Lunatic asylums Burma 1907-21 - 1907-1921
Year: 1907
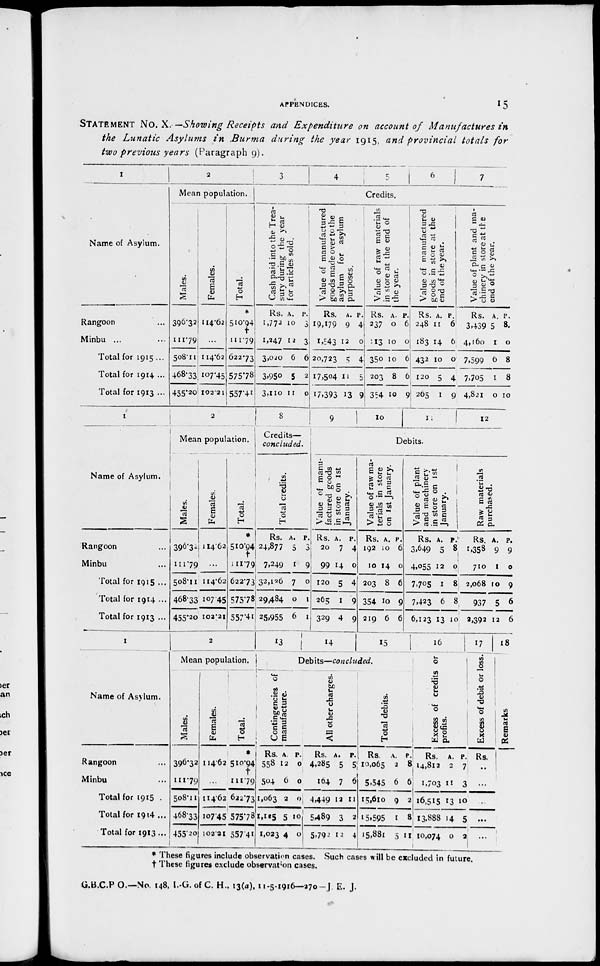
APPENDICES.
15
STATEMENT No. X. —Showing Receipts and Expenditure
on account of Manufactures
in
the Lunatic
Asylums
in Burma
during the year 1915, and provincial
totals for
two previous years (Paragraph 9).
I
Name of Asylum.
Rangoon ...
Minbu ... ...
Total for 1915 ...
Total for 1914 ...
Total for 1913 ...
2
3
4
Mean population.
Males.
396.32
111,79
508.11
468.33
455.20
Females.
114.62
...
114.62
107.45
102.21
Total.
*
510.94
†
111,79
622.73
575.78
557.41
Cash paid into the Trea-
sury during the year
for articles sold.
Rs.
1,772
1,247
3,020
3,950
3,110
A.
10
12
6
5
11
P.
3
3
6
2
0
Value of manufactured
goods made over to the
asylum for asylum
purposes.
Rs.
19,179
1,543
20,723
17,504
17,393
A.
9
12
5
11
13
P.
4
0
4
5
9
5
6
7
Credits.
Value of raw materials
in store at the end of
the year.
Rs.
237
113
350
203
354
A.
0
10
10
8
10
P.
6
0
6
6
9
Value of manufactured
goods in store at the
end of the year.
Rs.
248
183
432
120
265
A.
11
14
10
5
1
P.
6
6
0
4
9
Value of plant and ma-
chinery in store at the
end of the year.
Rs.
3,439
4,160
7,599
7,705
4,821
A.
5
1
6
1
0
P.
8.
0
8
8
10
1
Name of Asylum.
Rangoon
Minbu
Total for 1915 ...
Total for 1914 ...
Total for 1913 ...
2
Mean population.
Males.
396.32
111.79
508.11
468.33
455.20
Females.
114.62
...
114.62
107.45
102.21
Total.
*
510.94
†
111.79
622.73
575.78
557.41
8
Credits—
concluded.
Total credits.
Rs.
24,877
7,249
32,126
29,484
25,955
A.
5
1
7
0
6
P.
3
9
0
1
1
9
10
11
12
Debits.
Value of manu-
factured goods
in store on 1st
January.
Rs.
20
99
120
265
329
A.
7
14
5
1
4
P.
4
0
4
9
9
Value of raw ma-
terials in store
on 1st January.
Rs.
192
10
203
354
219
A.
10
14
8
10
6
P.
6
0
6
9
6
Value of plant
and machinery
in store on 1st
January.
Rs.
3,649
4,055
7,705
7,423
6,123
A.
5
12
1
6
13
Raw materials
purchased.
P.
8
0
8
8
10
Rs
1,358
710
2,068
937
3,392
A.
9
1
10
5
12
P.
9
0
9
6
6
1
Name of Asylum.
Rangoon
Minbu
Total for 1915 .
Total for 1914 ...
Total for 1913 ...
2
Mean population.
Males.
396.32
111.79
508.11
468.33
455.20
Females.
114.62
...
114.62
107.45
102.21
Total.
*
510.94
†
111.79
622.73
575.78
557.41
13
14
15
Debits—concluded.
Contingencies of
manufacture.
Rs.
558
504
1,063
1,125
1,023
A.
12
6
2
5
4
P.
0
0
0
10
0
All other charges.
Rs.
4,285
164
4,449
5,489
5.792
A.
5
7
12
3
12
P.
5
6
11
2
4
Total debits.
Rs.
10,065
5,545
15,610
15,595
15,881
A.
2
6
9
1
5
P.
3
6
2
8
11
16
Excess of credits or
profits.
Rs.
14,812
1,703
16,515
13,888
10,074
A.
2
11
13
14
0
P.
7
3
10
5
2
17
Excess of debit or loss.
Rs.
..
...
...
...
...
18
Remarks
* These figures include observation cases. Such cases will be excluded in future,
† These figures exclude observation cases.
G.B.C.P O.—No. 148, I.-G. of C. H., 13(a), 11-5-1916—270 -J. E. J.